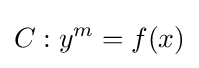
C:y^{m}=f(x)